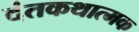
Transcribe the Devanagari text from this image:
दंतकथात्मक